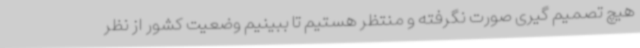
هیچ تصمیم گیری صورت نگرفته و منتظر هستیم تا ببینیم وضعیت کشور از نظر